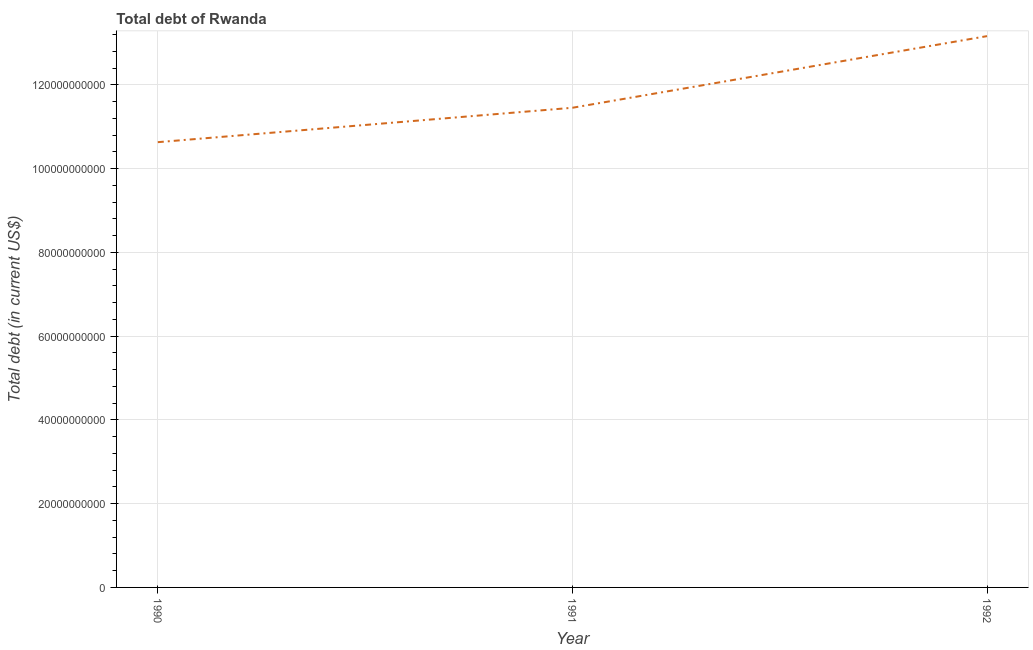
| Year | Central government debt |
 | --- | --- |
 | 1990 | 1.06e+11 |
 | 1991 | 1.15e+11 |
 | 1992 | 1.32e+11 |